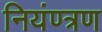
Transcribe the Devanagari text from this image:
नियंण्त्रण